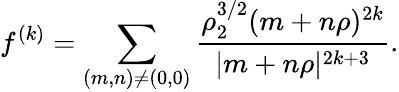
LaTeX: f^{(k)}=\sum_{(m,n)\neq(0,0)}{\frac{\rho_{2}^{3/2}(m+n\rho)^{2k}}{|m+n\rho|^{2k+3}}}.